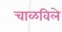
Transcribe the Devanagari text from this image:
चाळविले